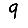
Digit: 9